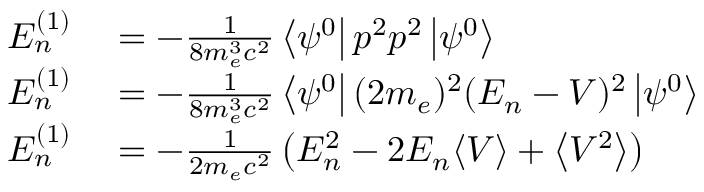
\begin{array} { r l } { E _ { n } ^ { ( 1 ) } } & { { } = - { \frac { 1 } { 8 m _ { e } ^ { 3 } c ^ { 2 } } } \left\langle \psi ^ { 0 } \right\vert p ^ { 2 } p ^ { 2 } \left\vert \psi ^ { 0 } \right\rangle } \\ { E _ { n } ^ { ( 1 ) } } & { { } = - { \frac { 1 } { 8 m _ { e } ^ { 3 } c ^ { 2 } } } \left\langle \psi ^ { 0 } \right\vert ( 2 m _ { e } ) ^ { 2 } ( E _ { n } - V ) ^ { 2 } \left\vert \psi ^ { 0 } \right\rangle } \\ { E _ { n } ^ { ( 1 ) } } & { { } = - { \frac { 1 } { 2 m _ { e } c ^ { 2 } } } \left( E _ { n } ^ { 2 } - 2 E _ { n } \langle V \rangle + \left\langle V ^ { 2 } \right\rangle \right) } \end{array}